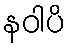
နဝါပိ